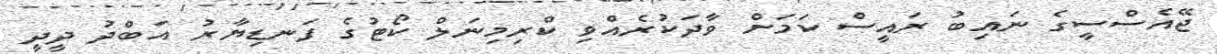
ޖޭއެސްސީގެ ނައިބު ރައީސް ކަމަށް ވާދަކުރެއްވި ކްރިމިނަލް ކޯޓުގެ ފަނޑިޔާރު އަބްދު ދީދީ